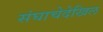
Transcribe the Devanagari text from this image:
संघाचेदेखिल